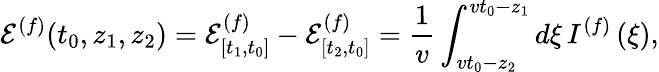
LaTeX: \mathcal{E}^{(f)}(t_{0},z_{1},z_{2})=\mathcal{E}_{[t_{1},t_{0}]}^{(f)}-\mathcal{E}_{[t_{2},t_{0}]}^{(f)}=\frac{1}{v}\int_{vt_{0}-z_{2}}^{vt_{0}-z_{1}}d\xi\, I^{(f)}\left(\xi\right),